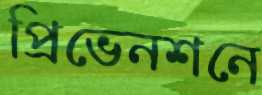
প্রিভেনশনে